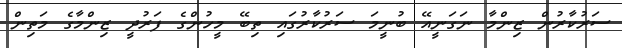
ސަރުކާރުން ޒިންމާ ނަގަނީއޭ ބުނީމަ ސަރުކާރުގައި ތިބޭ މީހުންގެ ފަރުދީ ޒިންމާގެ މަތިން